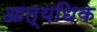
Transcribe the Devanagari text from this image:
आत्यधिक